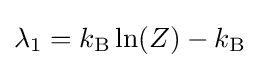
\lambda _{1}=k_{\text{B}}\ln(Z)-k_{\text{B}}